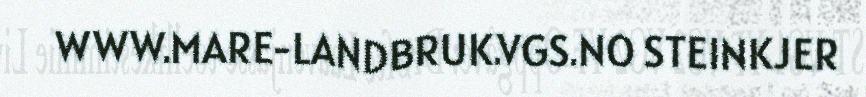
WWW.MARE-LANDBRUK.VGS.NO STEINKJER